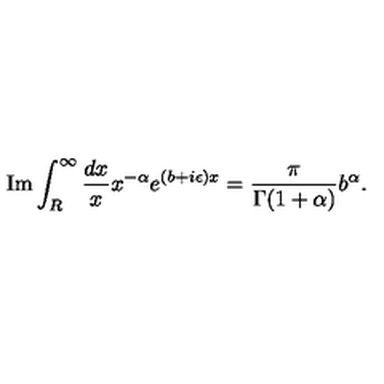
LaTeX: \mathrm { I m } \int _ { R } ^ { \infty } \frac { d x } { x } x ^ { - \alpha } e ^ { ( b + i \epsilon ) x } = \frac { \pi } { \Gamma ( 1 + \alpha ) } b ^ { \alpha } .